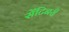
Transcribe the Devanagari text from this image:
सेंटिनरी